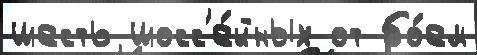
шесть шосс'е́йных от бо́ем